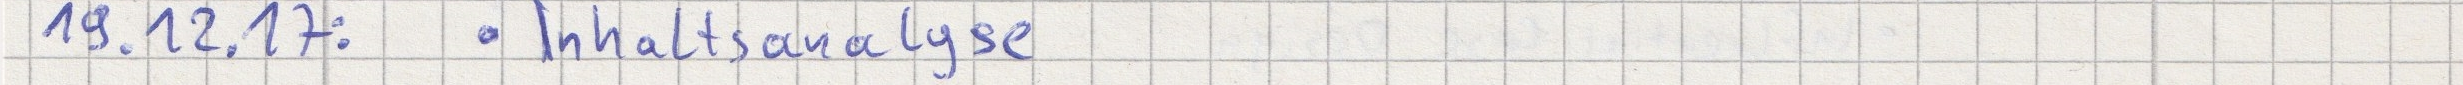
19.12.17:  - Inhaltsanalyse